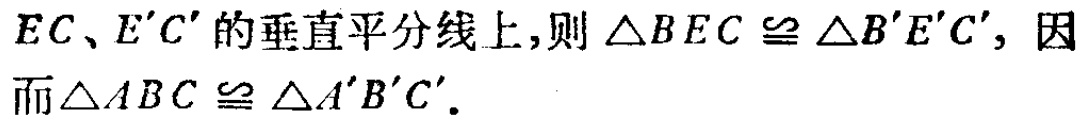
$EC、E'C'的垂直平分线上,则\triangle BEC\cong\triangle B'E'C',因\\而\triangle ABC\cong\triangle A'B'C'.$